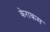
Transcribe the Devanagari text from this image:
केराकस